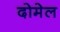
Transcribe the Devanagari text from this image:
दोमेल